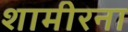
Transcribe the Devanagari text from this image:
शामीरना